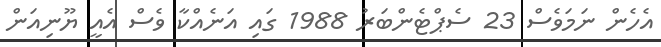
އެހެން ނަމަވެސް 23 ސެޕްޓެންބަރު 1988 ގައި އަނެއްކާ ވެސް އެއީ ޔޫނިއަން